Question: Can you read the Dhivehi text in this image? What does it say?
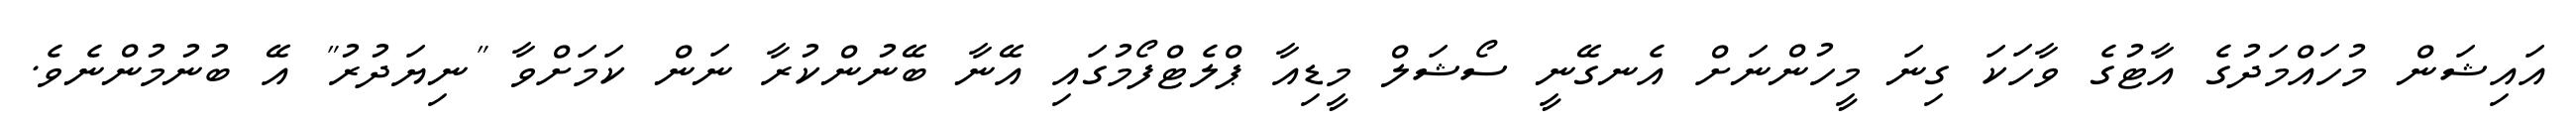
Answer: އައިޝަން މުހައްމަދުގެ އާޓުގެ ވާހަކަ ގިނަ މީހުންނަށް އެނގޭނީ ސޯޝަލް މީޑިއާ ޕްލެޓްފޯމުގައި އޭނާ ބޭނުންކުރާ ނަން ކަމަށްވާ "ނިޔަދުރު" އޭ ބުނުމުންނެވެ.